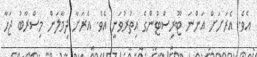
އެވެ. އެރަށަށް އަންނަ ޓޫރިސްޓުންގެ އިތުރުވަނީ އެވެ. އެރަށާ ދިމާލަން މިސްރާބު ޖަހާ